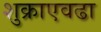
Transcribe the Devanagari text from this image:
शुक्राएवढा